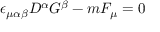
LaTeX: \epsilon _ { \mu \alpha \beta } D ^ { \alpha } G ^ { \beta } - m F _ { \mu } = 0